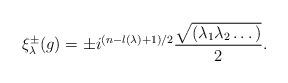
LaTeX: \begin{align*}\xi_\lambda^\pm(g)=\pm i^{(n-l(\lambda)+1)/2}\frac{\sqrt{(\lambda_1\lambda_2\dots)}}{2}.\end{align*}